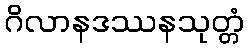
ဂိလာနဒဿနသုတ္တံ